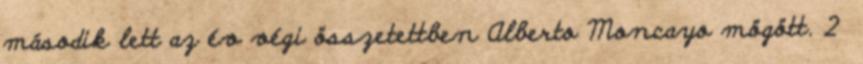
második lett az év végi összetettben Alberto Moncayo mögött. 2